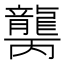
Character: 𱌾